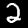
Digit: 2